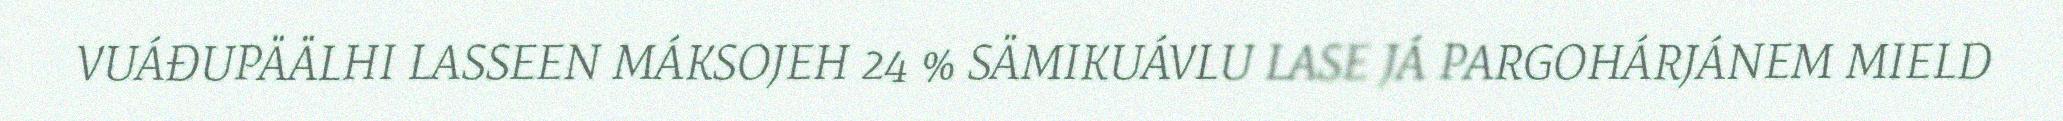
VUÁĐUPÄÄLHI LASSEEN MÁKSOJEH 24 % SÄMIKUÁVLU LASE JÁ PARGOHÁRJÁNEM MIELD